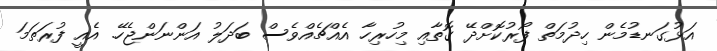
އަޅުގަނޑުމެން ހިދުމަތް ފޯރުކޮށްދޭ ގޮތާއި މިހުރިހާ އެއްޗެއްވެސް ބަދަލު އަންނަންޖެހޭ. އެއީ ފުރަތަމަ